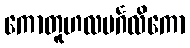
ကောတူဟလမင်္ဂလိကော